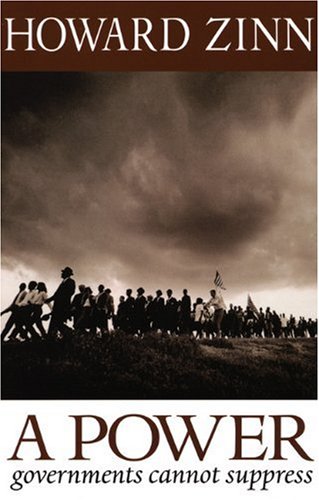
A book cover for A Power Governments Cannot Suppress; Howard Zinn; History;